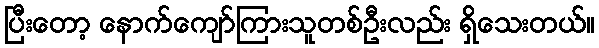
ပြီးတော့ နောက်ကျော်ကြားသူတစ်ဦးလည်း ရှိသေးတယ်။